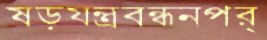
ষড়যন্ত্রবন্ধনপর্